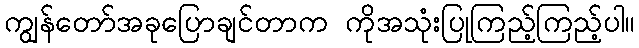
ကျွန်တော်အခုပြောချင်တာက ကိုအသုံးပြုကြည့်ကြည့်ပါ။